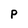
Character: P